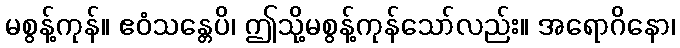
မစွန့်ကုန်။ ဧဝံသန္တေပိ၊ ဤသို့မစွန့်ကုန်သော်လည်း။ အရောဂိနော၊